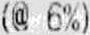
(@ 6%)